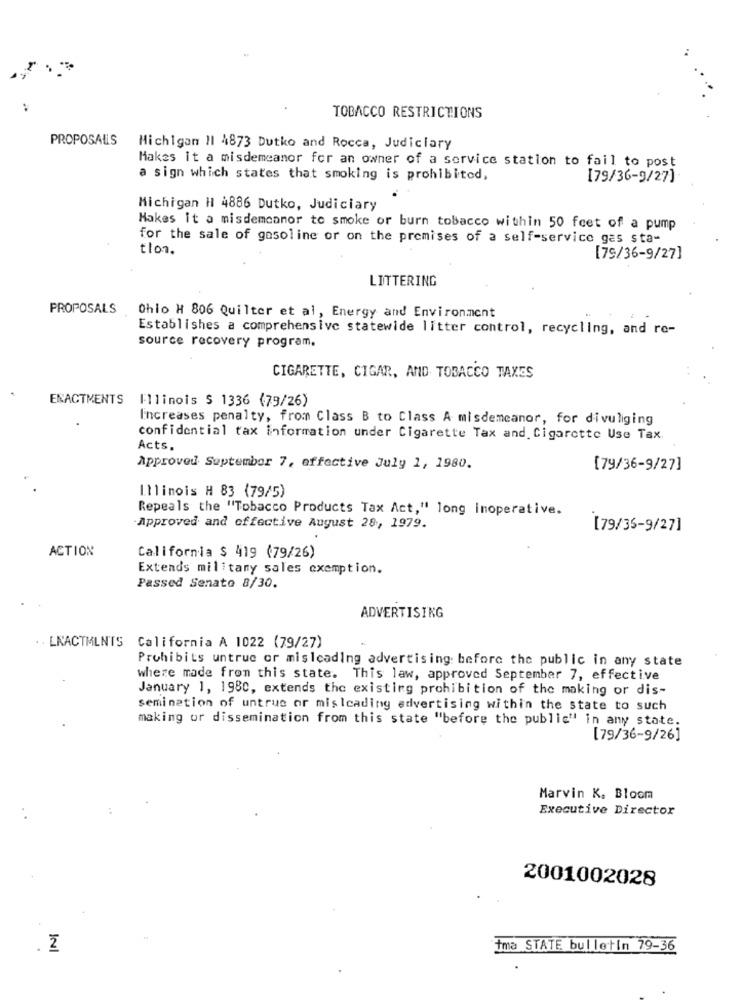
TOBACCO RESTRICTIONS
PROPOSALLS
Michigan 11 4873 Dutko and Rocca, Judiciary
Makes it a misdemeanor for an owner of a service station to fail to post
a sign which states that smoking is prohibited,
[79/36-9/27]
Michigan H 4886 Dutko, Judiciary
Makes it a misdemeanor to smoke or burn tobacco within 50 feet of a pump
for the sale of gasoline or on the premises of a self-service gas sta-
[79/36-9/27]
LITTERING
PROPOSALS Ohio H 806 Quilter et al, Energy and Environment
Establishes a comprehensive statewide litter control, recycling, and re-
source recovery program.
CIGARETTE, CIGAR, AND TOBACCO TAXES
ENACTMENTS Illinois $ 1336 (79/26)
Increases penalty, from Class B to Class A misdemeanor, for divulging
confidential tax information under Cigarette Tax and Cigarette Use Tax.
Acts,
Approved September 7, effective July 1, 1980.
[79/36-9/27]
Illinois H 83 (79/5)
Repeals the "Tobacco Products Tax Act," long inoperative.
-Approved and effective August 28, 1979.
[79/35-9/27]
ACTION
California $ 419 (79/26)
Extends military sales exemption.
Passed Senato 8/30.
ADVERTISING
. . LKACTMLN'IS California A 1022 (79/27)
Prohibits untruc or misleading advertising before the public in any state
where made from this state. This law, approved September 7, effective
January 1, 1980, extends the existing prohibition of the making or dis-
semination of untruc or misleading advertising within the state to such
making or dissemination from this state "before the public" in any state.
[79/36-9/26]
Marvin K. Bloom
Executive Director
2001002028
. 2
İma STATE bulletin 79-36